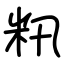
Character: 籸